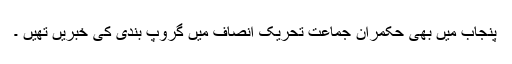
پنجاب میں بھی حکمران جماعت تحریک انصاف میں گروپ بندی کی خبریں تھیں ۔